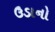
ઉડાનો